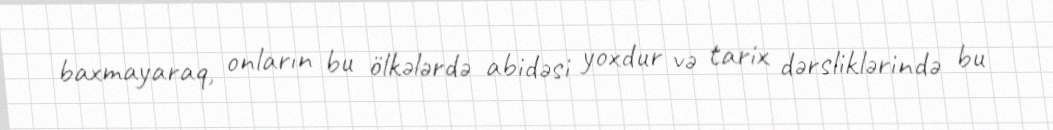
baxmayaraq, onların bu ölkələrdə abidəsi yoxdur və tarix dərsliklərində bu